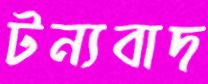
টন্যবাদ